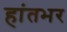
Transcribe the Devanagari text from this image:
हांतभर